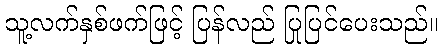
သူ့လက်နှစ်ဖက်ဖြင့် ပြန်လည် ပြုပြင်ပေးသည်။